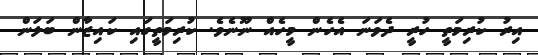
އިރު ކުރިމަތީ ހުރީ ދެވަނަ އެހެން މީހެއް ނޫނެވެ. ކުރިމަތީގައި ކައިޒާން ބަލަން